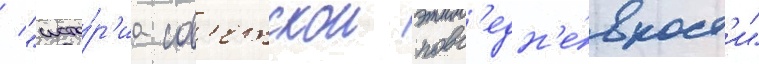
/ "исто́р'иа сов'етскои повс'едн'е́вност'и"